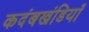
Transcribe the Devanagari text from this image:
कदंबखंडियाँ